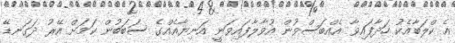
އެ ކްލަބާއެކު ހަދާފައިވާ އެއްބަސްވުން އުވާލާފައިވަނީ އަނިޔާއެއްގެ ސަބަބުން ކަމަށް އޭރު ދަގަނޑޭ